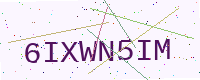
Text: 6IXWN5IM